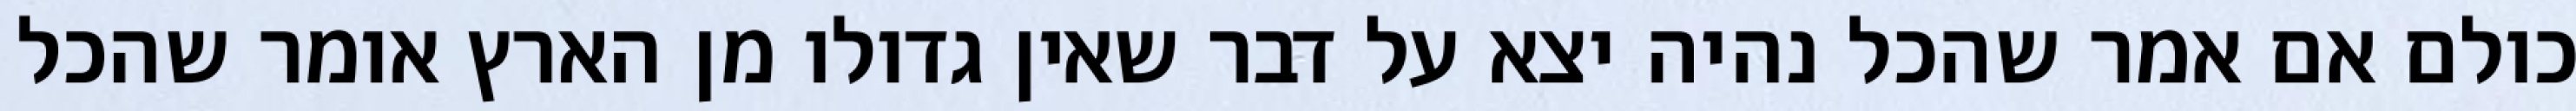
כולם אם אמר שהכל נהיה יצא על דבר שאין גדולו מן הארץ אומר שהכל